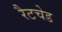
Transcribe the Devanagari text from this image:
रैटचेड